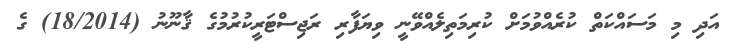
އަދި މި މަސައްކަތް ކުރެއްވުމަށް ކުރިމަތިލެއްވޭނީ ވިޔަފާރި ރަޖިސްޓަރީކުރުމުގެ ޤާނޫނު (18/2014) ގެ